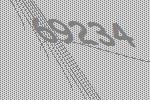
69234